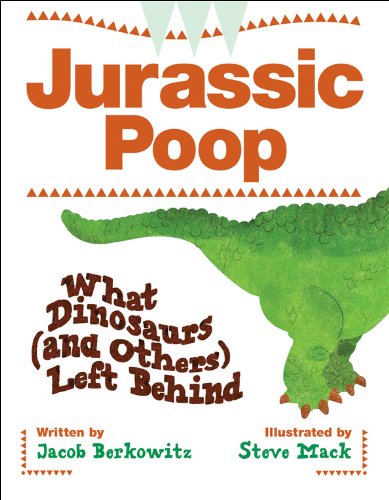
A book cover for Jurassic Poop: What Dinosaurs (and Others) Left Behind; Jacob Berkowitz; Children's Books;